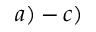
a ) - c )